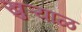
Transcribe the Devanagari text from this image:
खुऱ्याळ